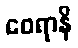
ဝေရာနိ